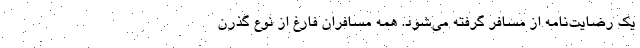
یک رضایت‌نامه از مسافر گرفته می‌شود. همه مسافران فارغ از نوع گذرن